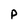
Character: P